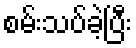
စမ်းသပ်ခဲ့ပြီး